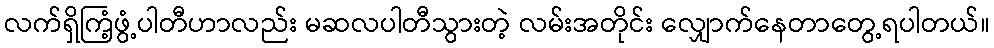
လက်ရှိကြံ့ဖွံ့ပါတီဟာလည်း မဆလပါတီသွားတဲ့ လမ်းအတိုင်း လျှောက်နေတာတွေ့ရပါတယ်။